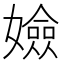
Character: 嬐